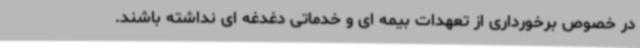
در خصوص برخورداری از تعهدات بیمه ای و خدماتی دغدغه ای نداشته باشند.